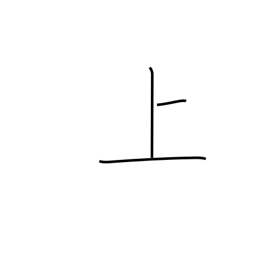
Meaning: up